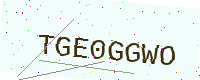
Text: TGE0GGWO